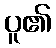
ပူ၏